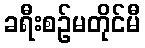
ခရီးစဉ်မတိုင်မီ